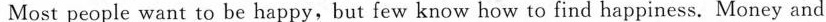
Most people want to be happy,but few know how to find happiness. Money and